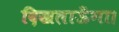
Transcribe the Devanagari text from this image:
दिखलाऊँगा।